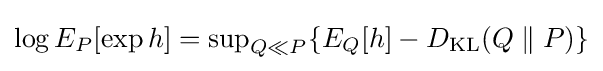
\log E_{P}[\exp h]={\text{sup}}_{Q\ll P}\{E_{Q}[h]-D_{\text{KL}}(Q\parallel P)\}